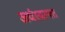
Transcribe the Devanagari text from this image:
अर्धस्वायत्त